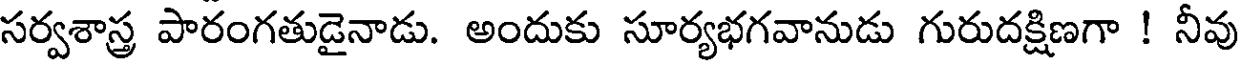
సర్వశాస్త్ర పారంగతుడైనాడు. అందుకు సూర్యభగవానుడు గురుదక్షిణగా ! నీవు